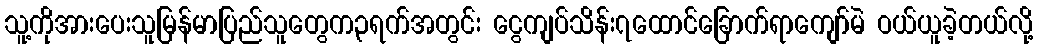
သူ့ကိုအားပေးသူမြန်မာပြည်သူတွေက၃ရက်အတွင်း ငွေကျပ်သိန်း၇ထောင်ခြောက်ရာကျော်မဲ ဝယ်ယူခဲ့တယ်လို့